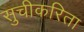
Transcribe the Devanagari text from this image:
सुचीकरिता